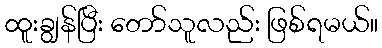
ထူးချွန်ပြီး တော်သူလည်း ဖြစ်ရမယ်။